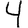
Digit: 4